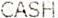
CASH